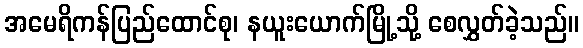
အမေရိကန်ပြည်ထောင်စု၊ နယူးယောက်မြို့သို့ စေလွှတ်ခဲ့သည်။